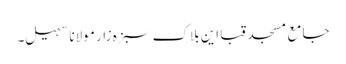
جامع مسجد قبا این بلاک سبزہ زار مولانا سہیل۔